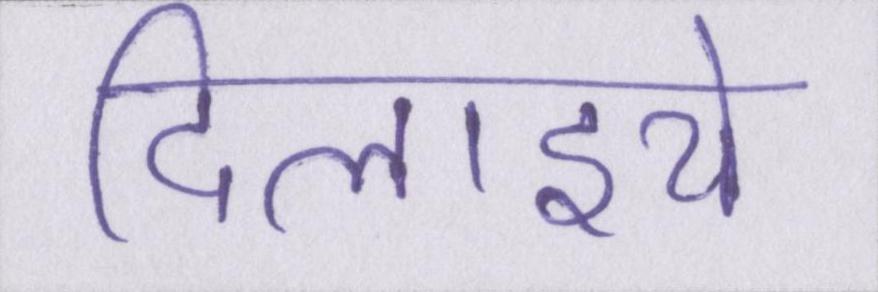
दिलाइये